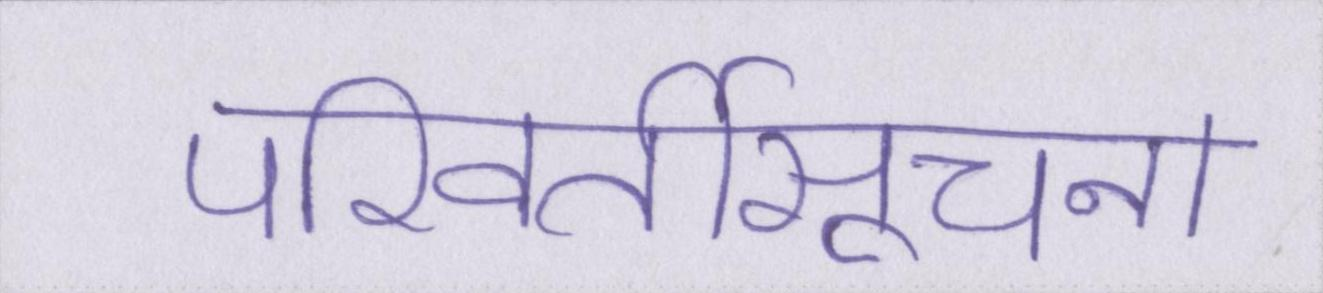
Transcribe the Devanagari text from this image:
परिवर्तीसूचना